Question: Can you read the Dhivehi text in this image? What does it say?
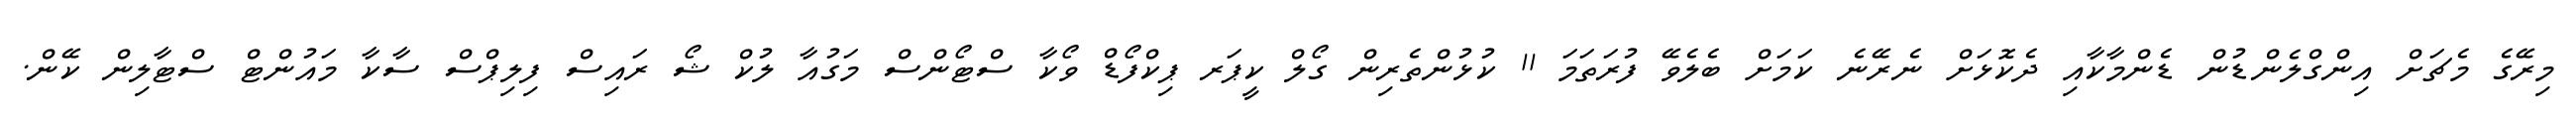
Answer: މިރޭގެ މެޗަށް އިންގްލެންޑުން ޑެންމާކާއި ދެކޮޅަށް ނެރޭނެ ކަމަށް ބެލެވޭ ފުރަތަމަ 11 ކުޅުންތެރިން ގޯލް ކީޕަރ ޕިކްފޯޑް ވޯކާ ސްޓޯންސް މަގުއާ ލުކް ޝޯ ރައިސް ފިލިޕްސް ސާކާ މައުންޓް ސްޓާލިން ކޭން.